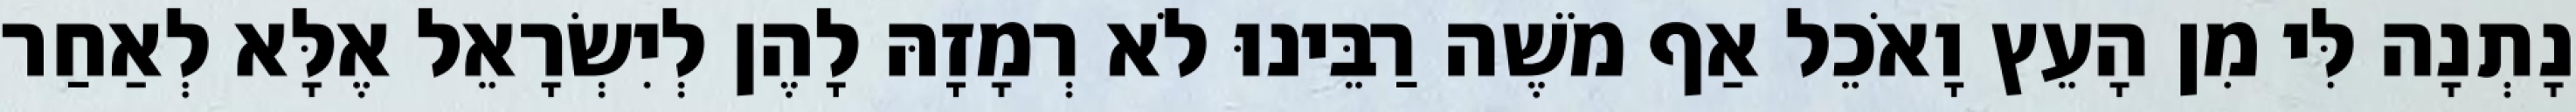
נָתְנָה לִּי מִן הָעֵץ וָאֹכֵל אַף מֹשֶׁה רַבֵּינוּ לֹא רְמָזָהּ לָהֶן לְיִשְׂרָאֵל אֶלָּא לְאַחַר